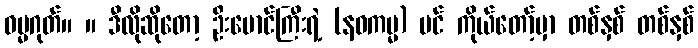
ဓမ္မဂုတ်။ ။ ဒီလိုဆိုတော့ ဦးမောင်ကြီးရဲ့ (နဝကမ္မ) ပင် ကိုယ်တော့်မှာ တစ်နှစ် တစ်နှစ်